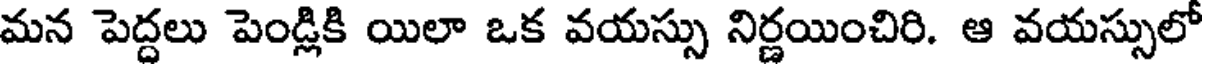
మన పెద్దలు పెండ్లికి యిలా ఒక వయస్సు నిర్ణయించిరి. ఆ వయస్సులో